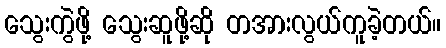
သွေးကွဲဖို့ သွေးဆူဖို့ဆို တအားလွယ်ကူခဲ့တယ်။